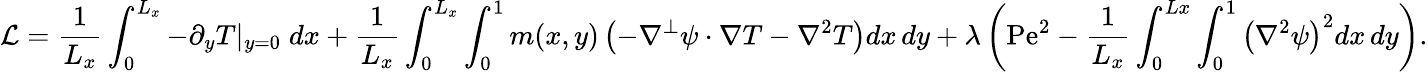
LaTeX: \mathcal{L}=\frac{1}{L_{x}}\int_{0}^{L_{x}}-\partial_{y}T|_{y=0}\; dx+\frac{1}{L_{x}}\int_{0}^{L_{x}}\int_{0}^{1}m(x,y)\left(-\nabla^{\perp}\psi\cdot\nabla T-\nabla^{2}T\right)dx\, dy+\lambda\left(\mathrm{Pe}^{2}-\frac{1}{L_{x}}\int_{0}^{Lx}\int_{0}^{1}\left(\nabla^{2}\psi\right)^{2}dx\, dy\right).